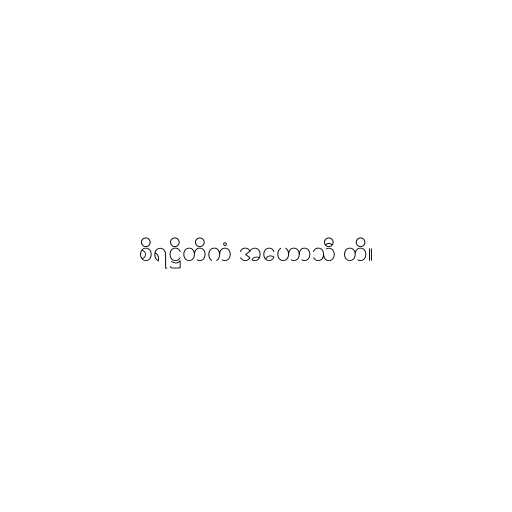
စိရဋ္ဌိတိကံ အဟောသီ တိ။